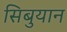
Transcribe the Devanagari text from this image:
सिबुयान